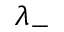
\lambda _ { - }